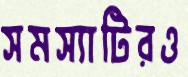
সমস্যাটিরও